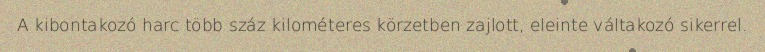
A kibontakozó harc több száz kilométeres körzetben zajlott, eleinte váltakozó sikerrel.